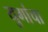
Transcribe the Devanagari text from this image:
युगांचा